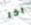
اذا